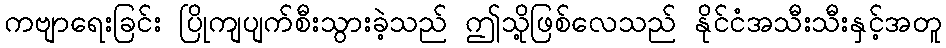
ကဗျာရေးခြင်း ပြိုကျပျက်စီးသွားခဲ့သည် ဤသို့ဖြစ်လေသည် နိုင်ငံအသီးသီးနှင့်အတူ